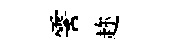
霅趂